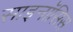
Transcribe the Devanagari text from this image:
साइनॉसिस